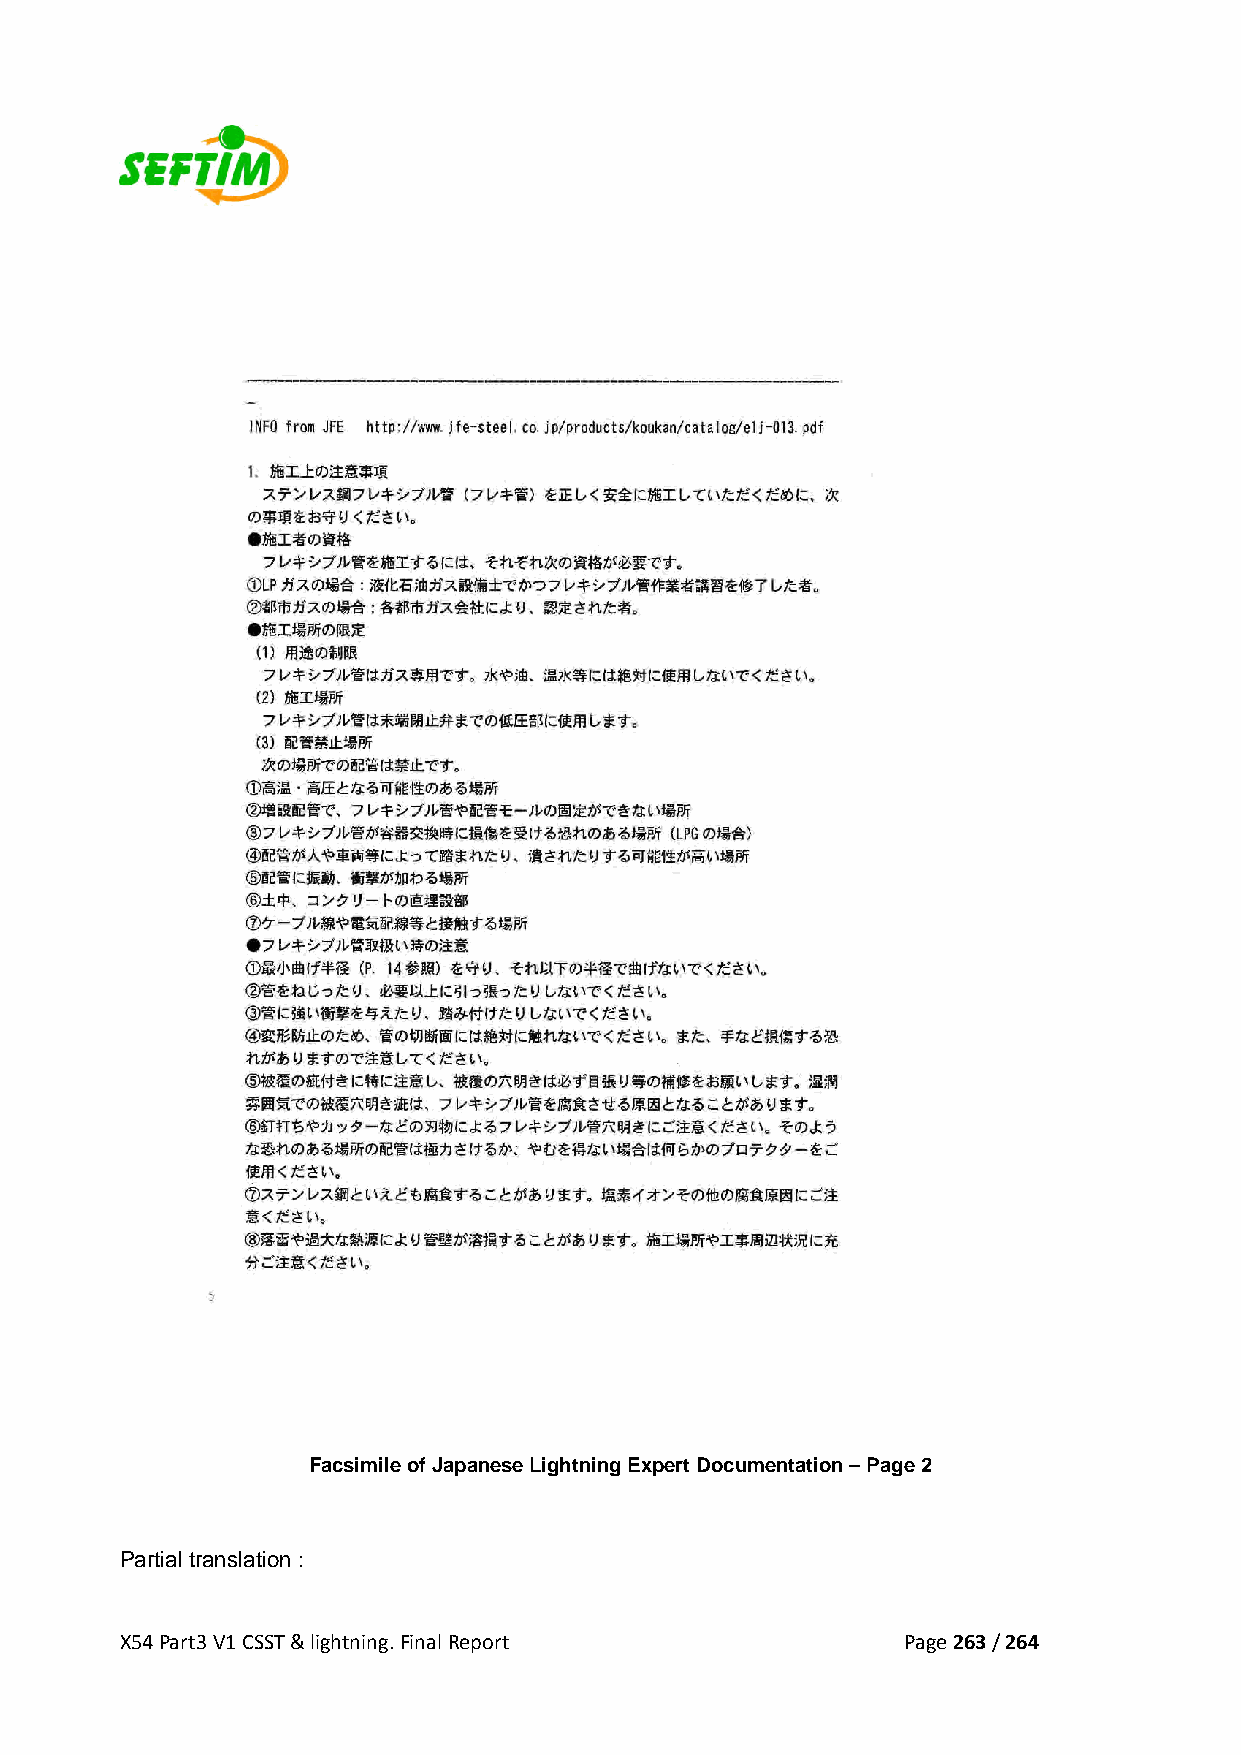
Facsimile of Japanese Lightning Expert Documentation – Page 2
 Partial translation :
 X54 Part3 V1 CSST & lightning. Final Report         Page 263 / 264